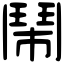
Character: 鬧